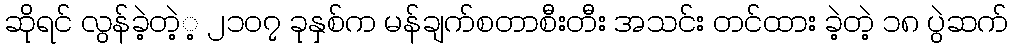
ဆိုရင် လွန်ခဲ့တဲ့့ ၂၁၀၇ ခုနှစ်က မန်ချက်စတာစီးတီး အသင်း တင်ထား ခဲ့တဲ့ ၁၈ ပွဲဆက်